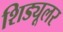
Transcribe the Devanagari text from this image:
शिड्यूलर